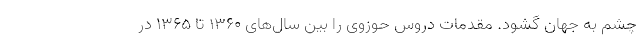
چشم به جهان گشود. مقدمات دروس حوزوی را بین سال‌های ۱۳۶۰ تا ۱۳۶۵ در